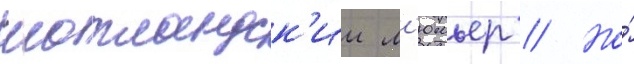
шотландск'ии л'юмьер // Но́